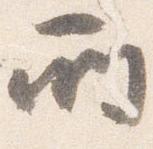
所